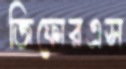
জিফোরএস